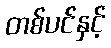
တစ်ပင်နှင့်